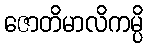
ဇောတိမာလိကမ္ပိ